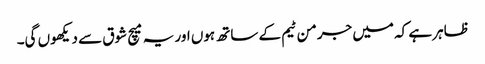
ظاہر ہے کہ میں جرمن ٹیم کے ساتھ ہوں اور یہ میچ شوق سے دیکھوں گی۔